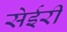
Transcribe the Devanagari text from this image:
सेईरी